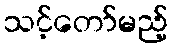
သင့်တော်မည့်